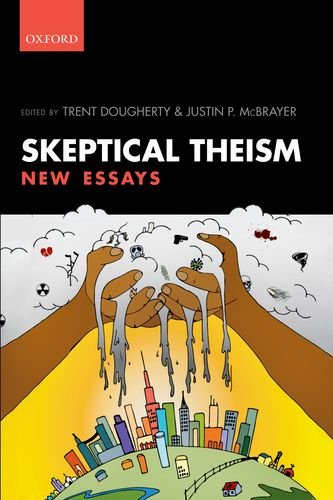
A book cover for Skeptical Theism: New Essays; Religion & Spirituality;